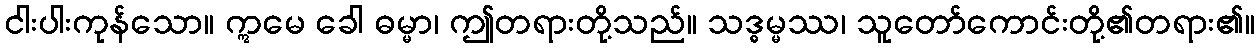
ငါးပါးကုန်သော။ ဣမေ ခေါ ဓမ္မာ၊ ဤတရားတို့သည်။ သဒ္ဓမ္မဿ၊ သူတော်ကောင်းတို့၏တရား၏။